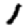
Digit: 1